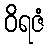
ဝိရဇံ